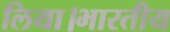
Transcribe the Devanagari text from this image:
लिया।भारतीय